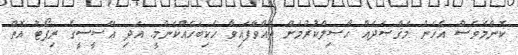
ކޮންމެވެސް އެހެން މަޤްޞަދެއް ޙާޞިލްކުރުމަށް ދެއްވާފައިވާ ހެކިބަހެއްކަންމީ. އަދި އޭސީސީގެ ރިޕޯޓު އޮތް